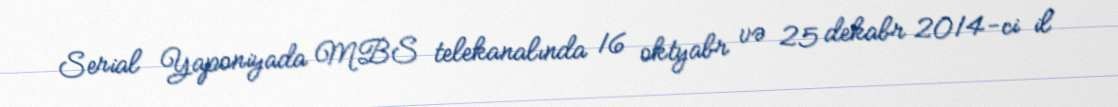
Serial Yaponiyada MBS telekanalında 16 oktyabr və 25 dekabr 2014-ci il